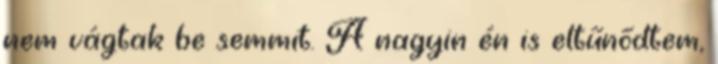
nem vágtak be semmit. A nagyin én is eltűnődtem,